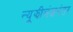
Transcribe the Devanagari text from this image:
न्यूझीलंडनंतर